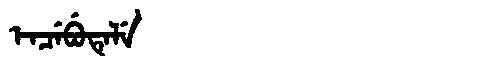
Manchu: ᡝᠨᠴᡝᠪᡠᡨᡝᠯᡝ
Romanization: ENCEBUTELE